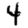
Digit: 4